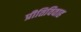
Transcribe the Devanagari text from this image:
प्रीतिविवाह